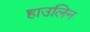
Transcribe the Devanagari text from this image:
हाउलिन